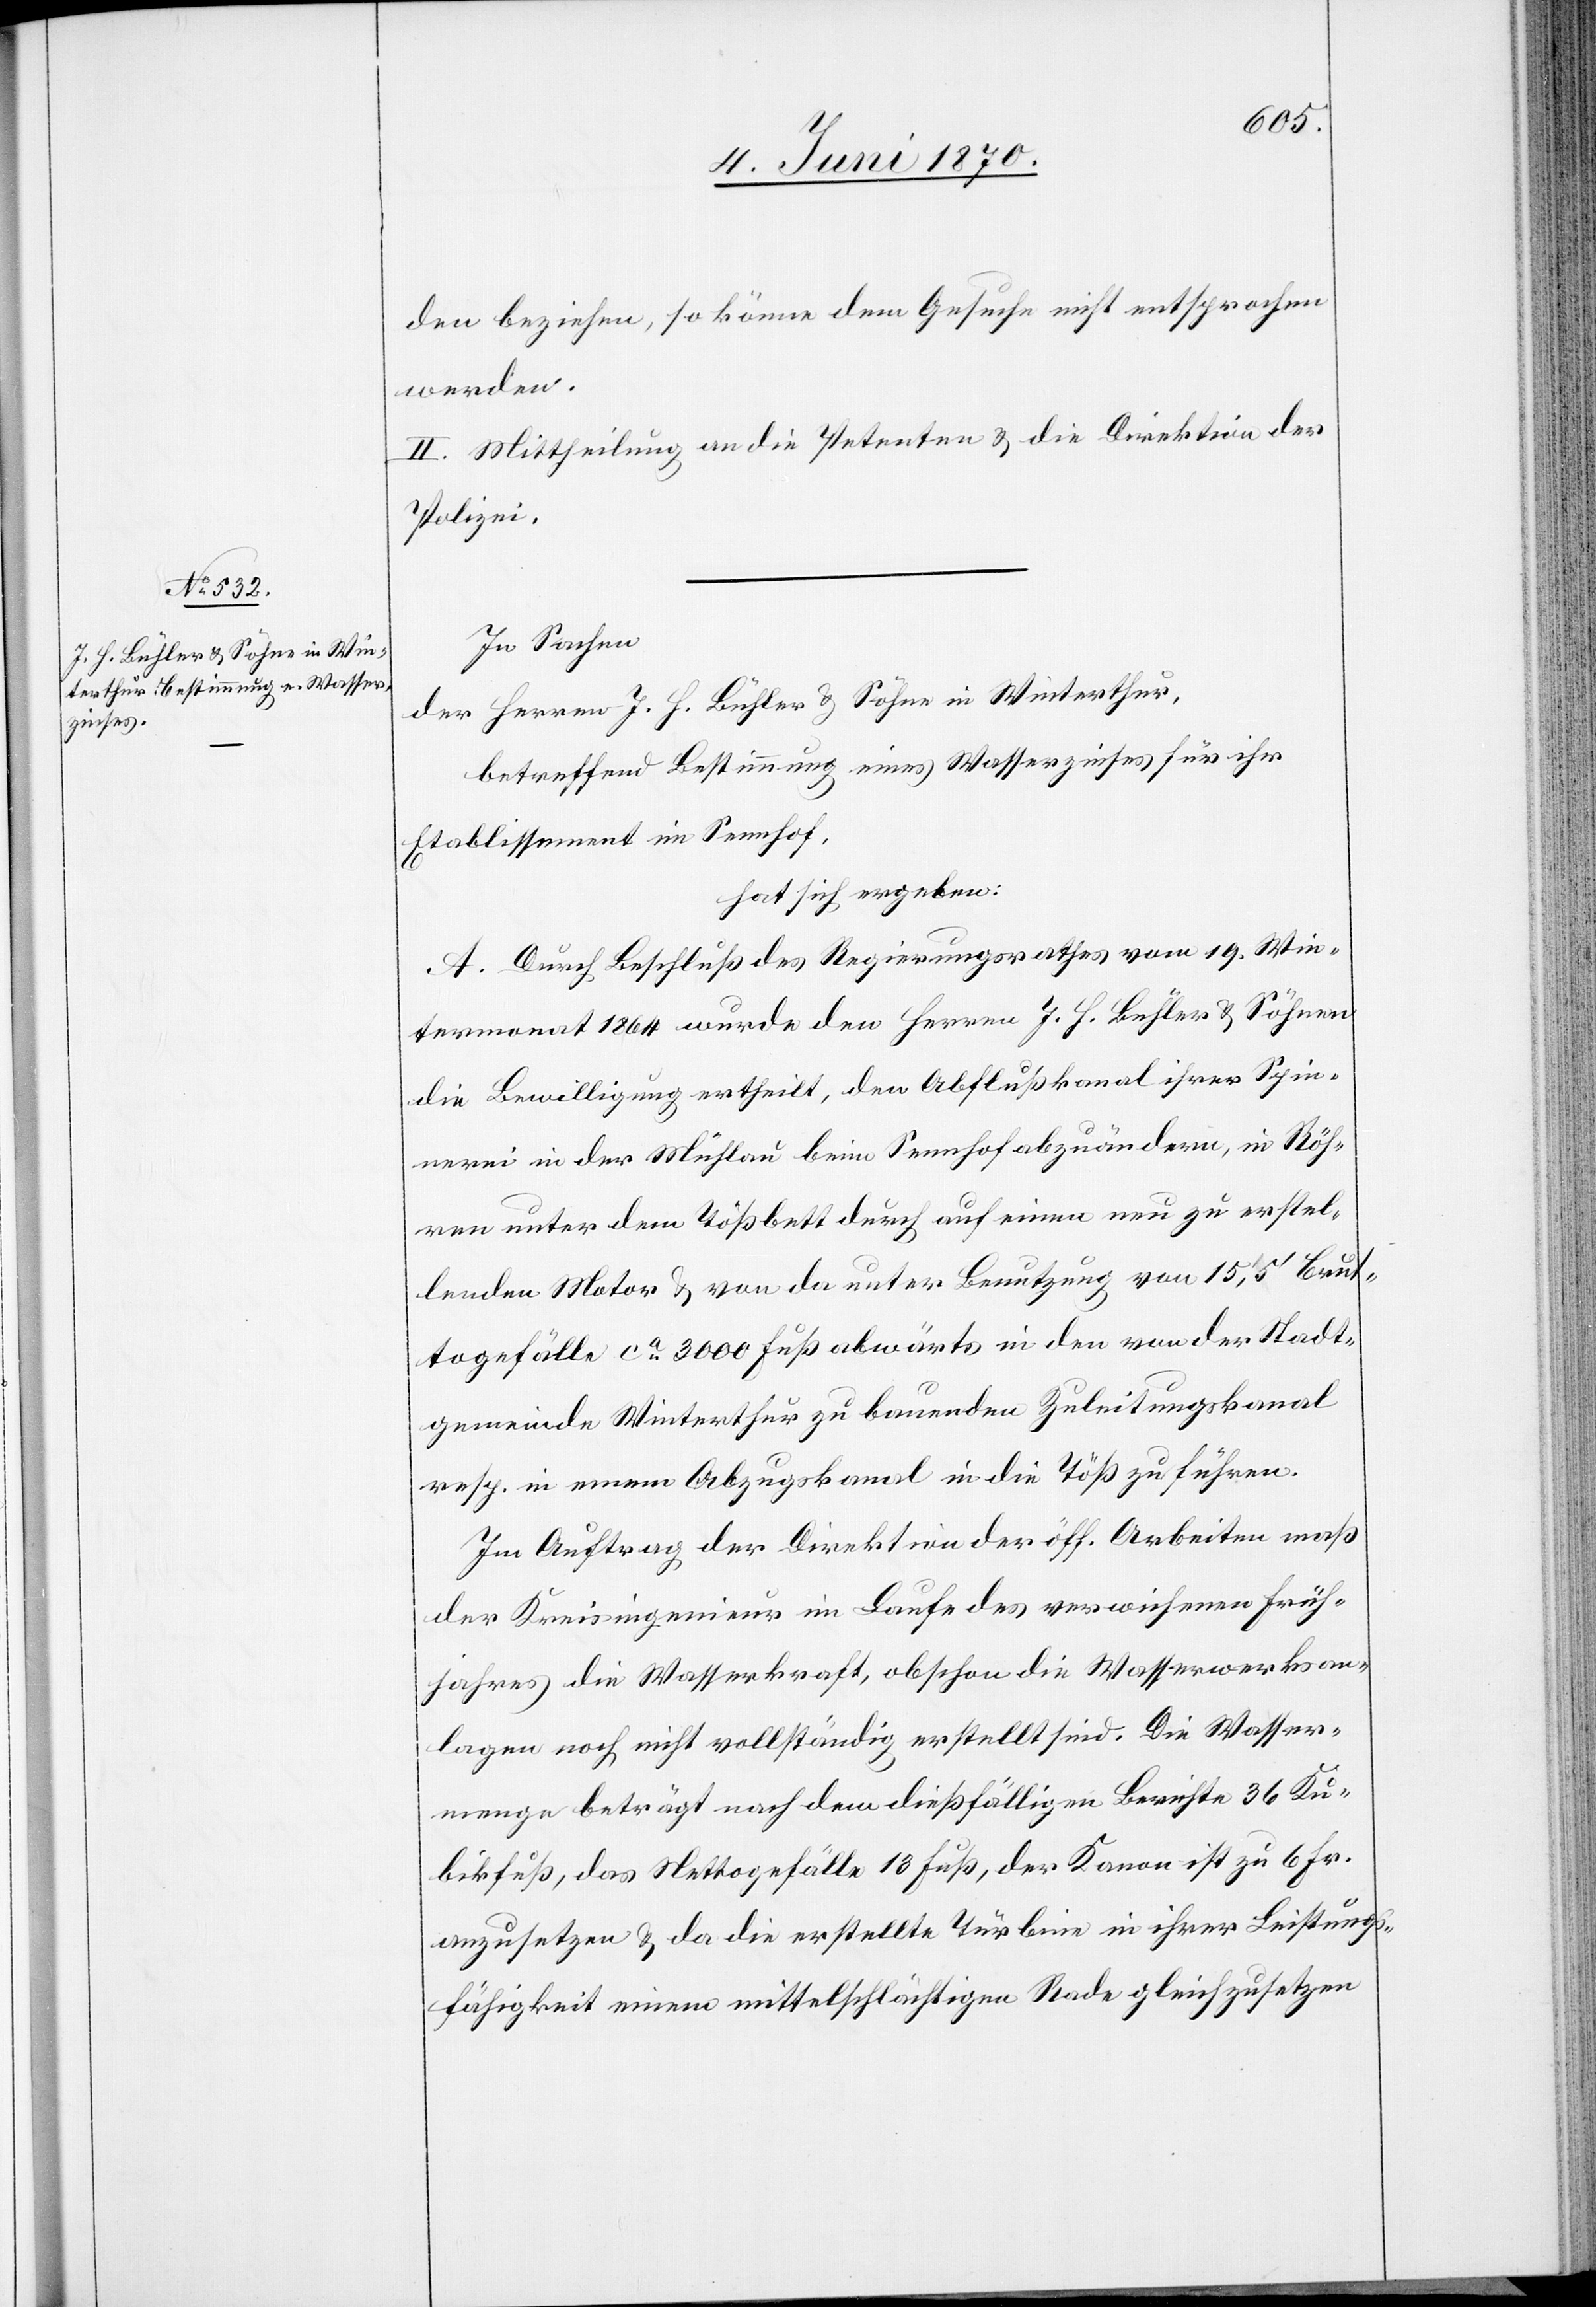
den beziehen, so könne dem Gesuche nicht entsprochen
werden.
II. Mittheilung an die Petenten & die Direktion der
Polizei.
In Sachen
der Herren J. H. Bühler & Söhne in Winterthur,
betreffend Bestimmung eines Wasserzinses für ihre
Etablissement im Sennhof,
hat sich ergeben:
A. Durch Beschluß des Regierungsrathes vom 19. Win¬
termonat 1864 wurde den Herren J. H. Bühler & Söhnen
die Bewilligung ertheilt, den Abflußkanal ihrer Spin¬
nerei in der Mühlau beim Sennhof abzuändern, in Röh¬
ren unter dem Tößbett durch auf einen neu zu erstel¬
lenden Motor & von da unter Benutzung von 15,5‘ Brut¬
togefälle ca 3000 Fuß abwärts in den von der Stadt¬
gemeinde Winterthur zu bauenden Zuleitungskanal
resp. in einem Abzugskanal in die Töß zu führen.
Im Auftrag der Direktion der öff. Arbeiten maß
der Kreisingenieur im Laufe des verwichenen Früh¬
jahres die Wasserkraft, obschon die Wasserwerksan¬
lagen noch nicht vollständig erstellt sind. Die Wasser¬
menge beträgt nach dem dießfälligen Berichte 36 Ku¬
bikfuß, das Nettogefälle 13 Fuß, der Kanon ist zu 6 Fr.
anzusetzen & da die erstellte Türbine in ihrer Leistungs¬
fähigkeit einem mittelschlächtigen Rade gleichzusetzen